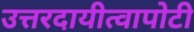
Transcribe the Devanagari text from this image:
उत्तरदायीत्वापोटी